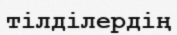
тілділердің